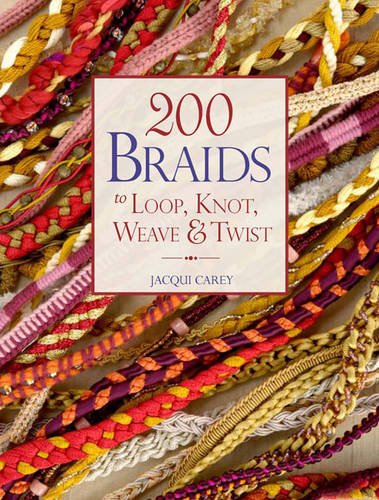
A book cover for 200 Braids to Loop, Knot, Weave & Twist; Jacqui Carey; Crafts, Hobbies & Home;